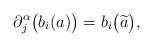
LaTeX: \begin{align*} \partial^\alpha_j \big( b_i(a) \big) = b_i \big( \widetilde{a} \big), \end{align*}